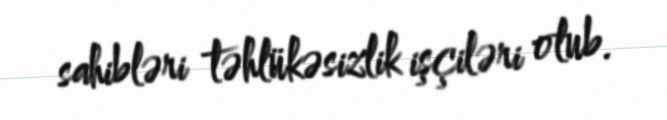
sahibləri təhlükəsizlik işçiləri olub.